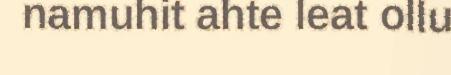
namuhit ahte leat ollu